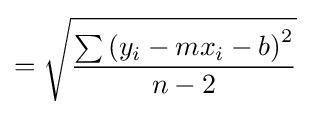
={\sqrt {\frac {\sum {(y_{i}-mx_{i}-b)}^{2}}{n-2}}}